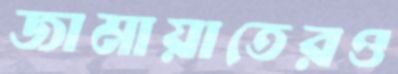
জামায়াতেরও